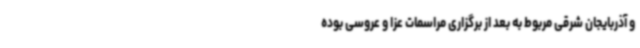
و آذربایجان شرقی مربوط به بعد از برگزاری مراسمات عزا و عروسی بوده